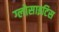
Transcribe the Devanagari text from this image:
ग्लोसाइटिस